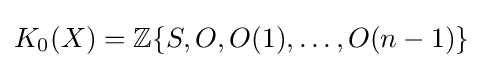
K_{0}(X)=\mathbb {Z} \{S,O,O(1),\ldots ,O(n-1)\}